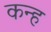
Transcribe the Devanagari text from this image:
कन्ह